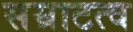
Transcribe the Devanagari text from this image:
सम्राटत्व